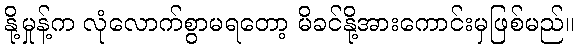
နို့မှုန့်က လုံလောက်စွာမရတော့ မိခင်နို့အားကောင်းမှဖြစ်မည်။